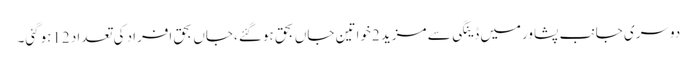
دوسری جانب پشاورمیں ڈینگی سے مزید 2خواتین جاں بحق ہوگئے ،جاں بحق افراد کی تعداد 12ہوگئی۔